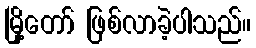
မြို့တော် ဖြစ်လာခဲ့ပါသည်။